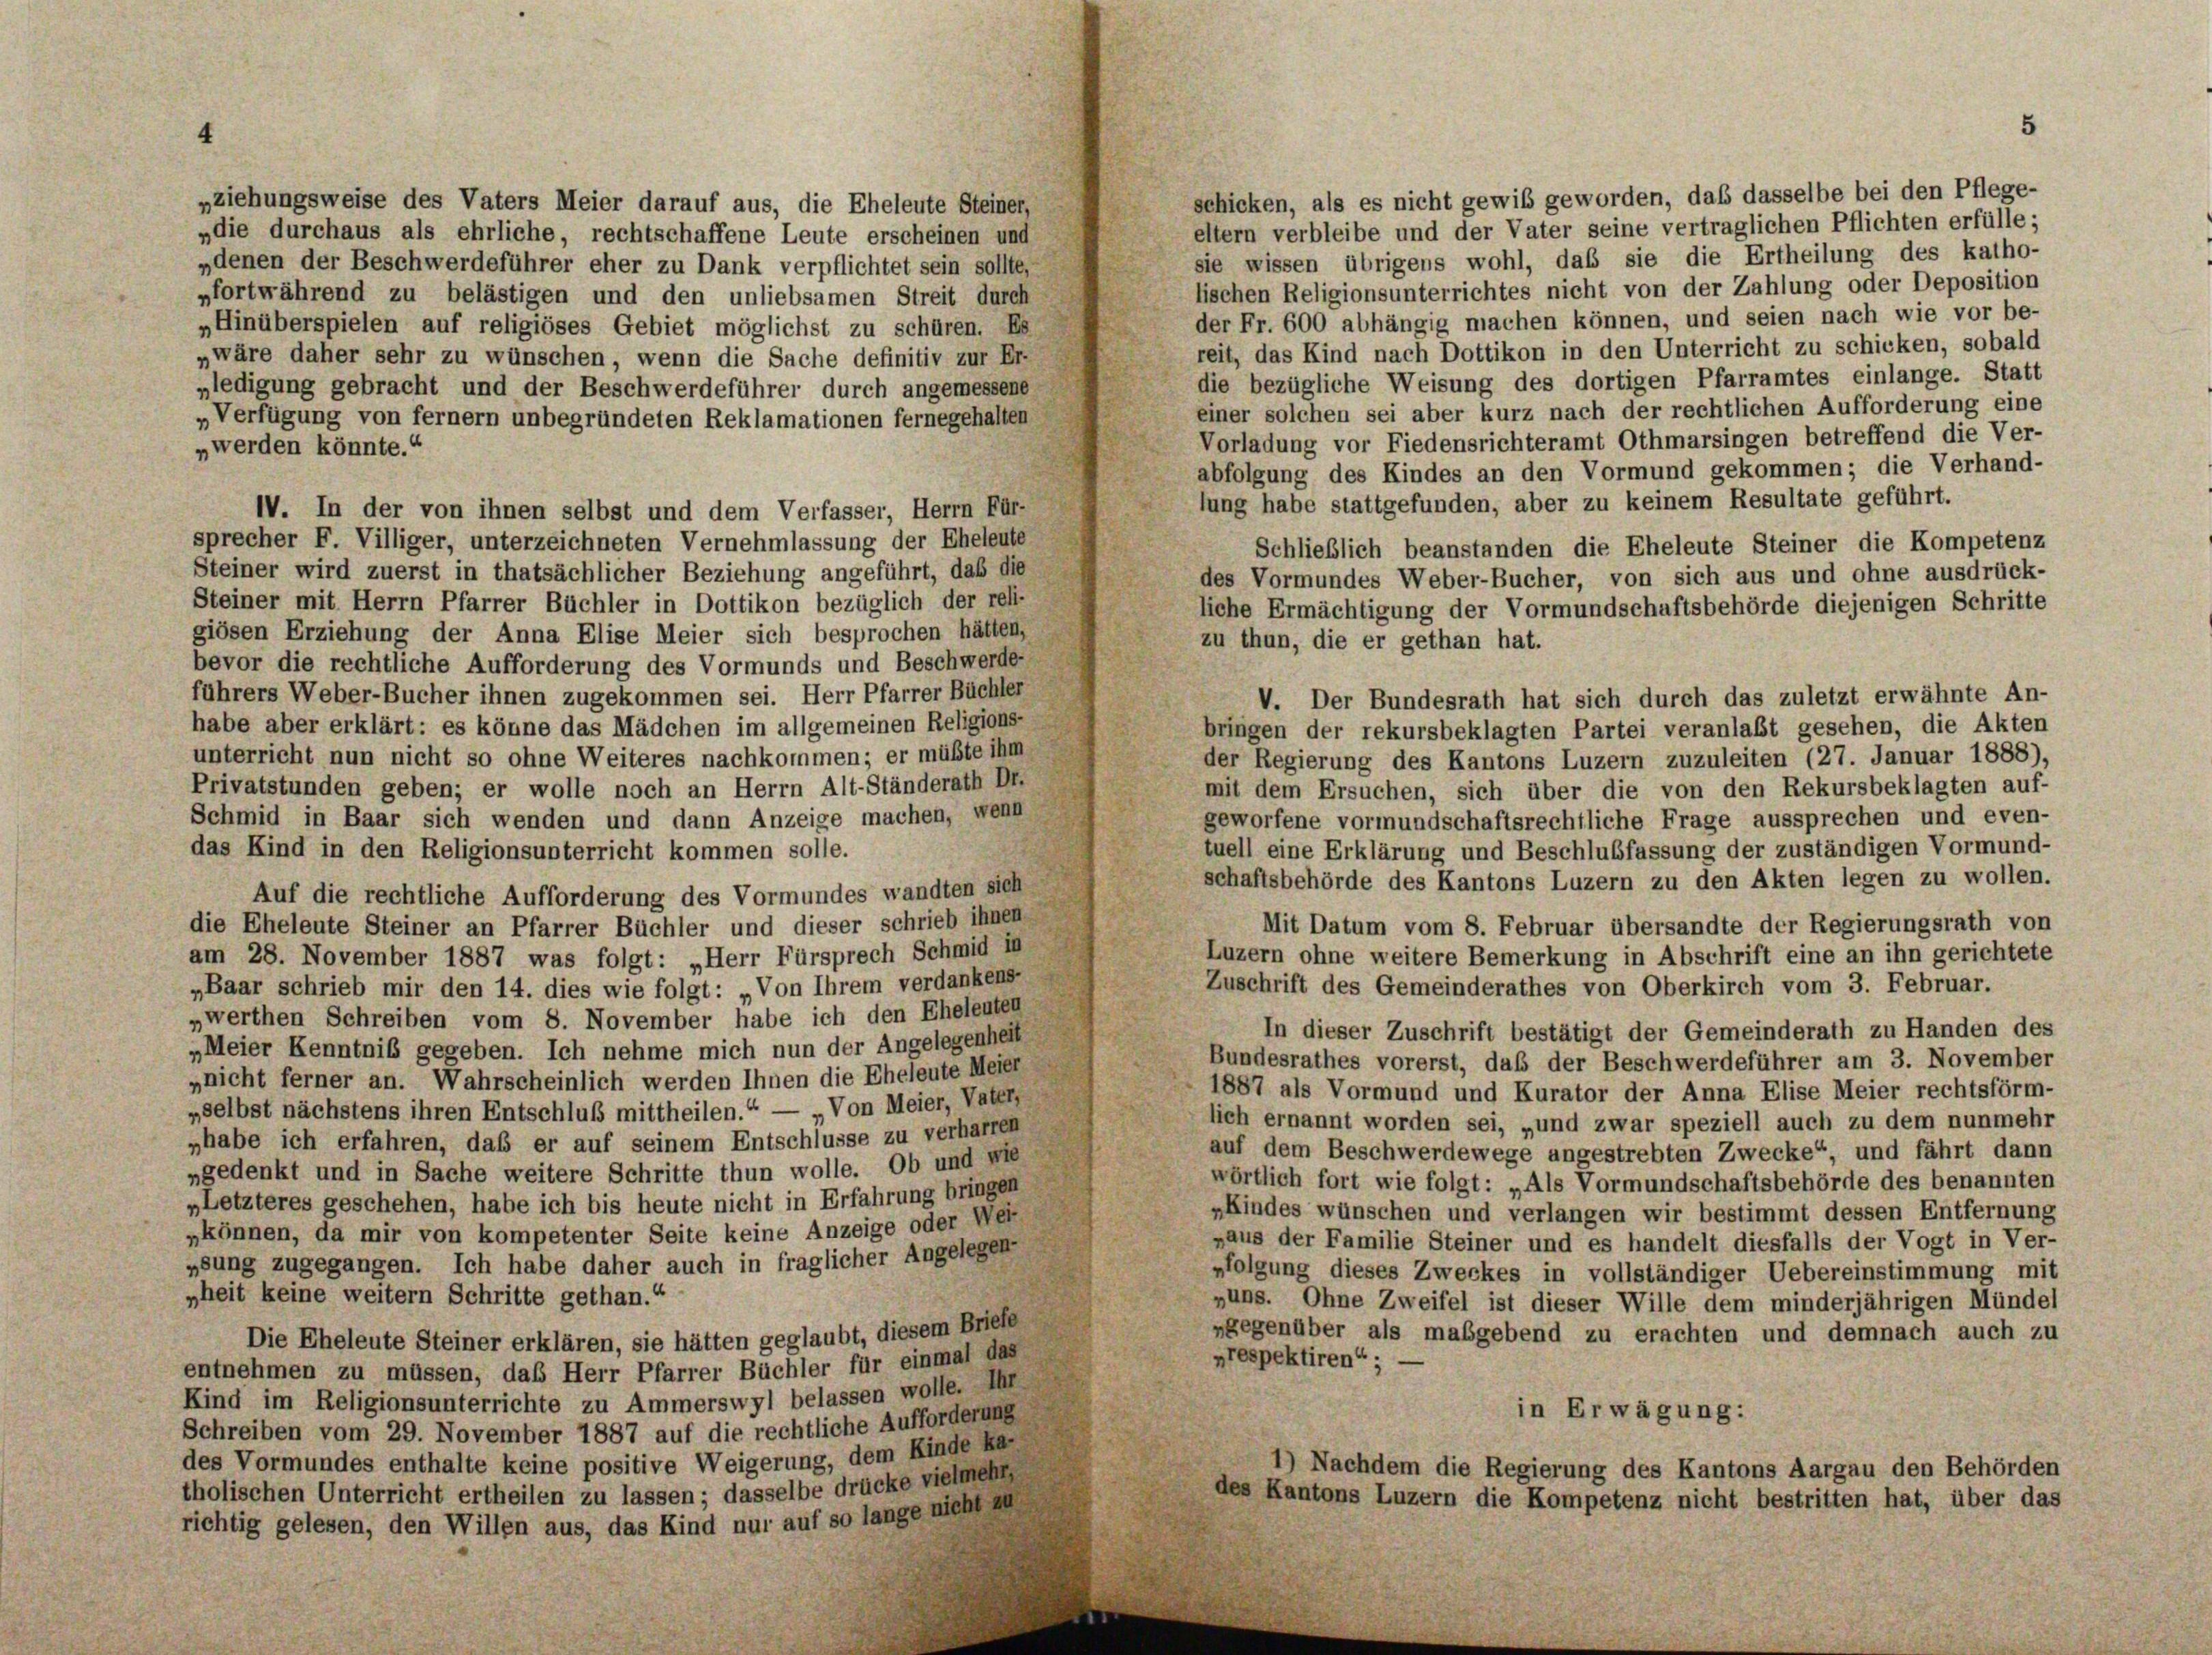
schicken, als es nicht gewiß geworden, daß dasselbe bei den Pflege-
„ziehungsweise des Vaters Meier darauf aus, die Eheleute Steiner,
eltern verbleibe und der Vater seine vertraglichen Pflichten erfülle;
„die durchaus als ehrliche, rechtschaffene Leute erscheinen und
sie wissen übrigens wohl, daß sie die Ertheilung des katho-
„denen der Beschwerdeführer eher zu Dank verpflichtet sein sollte,
lischen Religionsunterrichtes nicht von der Zahlung oder Deposition
pfortwährend zu belästigen und den unliebsamen Streit durch
der Fr. 600 abhängig machen können, und seien nach wie vor be-
„Hinüberspielen auf religiöses Gebiet möglichst zu schüren. Es
reit, das Kind nach Dottikon in den Unterricht zu schicken, sobald
„wäre daher sehr zu wünschen, wenn die Sache definitiv zur Er-
die bezügliche Weisung des dortigen Pfarramtes einlange. Statt
„ledigung gebracht und der Beschwerdeführer durch angemessene
einer solchen sei aber kurz nach der rechtlichen Aufforderung eine
„Verfügung von fernem unbegründeten Reklamationen fernegehalten,
Vorladung vor Fiedensrichteramt Othmarsingen betreffend die Ver-
„werden könnte.“
abfolgung des Kindes an den Vormund gekommen; die Verhand-
lung habe stattgefunden, aber zu keinem Resultate geführt.
IV. In der von ihnen selbst und dem Verfasser, Herrn Für-
sprecher F. Villiger, unterzeichneten Vernehmlassung der Eheleute
Schließlich beanstanden die Eheleute Steiner die Kompetenz
Steiner wird zuerst in thatsächlicher Beziehung angeführt, daß die
des Vormundes Weber-Bucher, von sich aus und ohne ausdrück-
Steiner mit Herrn Pfarrer Büchler in Dottikon bezüglich der reli-
liche Ermächtigung der Vormundschaftsbehörde diejenigen Schritte
giösen Erziehung der Anna Elise Meier sich besprochen hätten,
zu thun, die er gethan hat.
bevor die rechtliche Aufforderung des Vormunds und Beschwerde-
führers Weber-Bucher ihnen zugekommen sei. Herr Pfarrer Büchler
V. Der Bundesrath hat sich durch das zuletzt erwähnte An-
habe aber erklärt: es könne das Mädchen im allgemeinen Religions-
bringen der rekursbeklagten Partei veranlaßt gesehen, die Akten
unterricht nun nicht so ohne Weiteres nachkommen; er müßte ihm
der Regierung des Kantons Luzern zuzuleiten (27. Januar 1888),
Privatstunden geben; er wolle noch an Herrn Alt-Ständerath Dr.
mit dem Ersuchen, sich über die von den Rekursbeklagten auf-
Schmid in Baar sich wenden und dann Anzeige machen, wenn
geworfene vormundschaftsrechtliche Frage aussprechen und even-
tuell eine Erklärung und Beschlußfassung der zuständigen Vormund-
das Kind in den Religionsunterricht kommen solle.
schaftsbehörde des Kantons Luzern zu den Akten legen zu wollen.
Auf die rechtliche Aufforderung des Vormundes wandten sich
Mit Datum vom 8. Februar übersandte der Regierungsrath von
die Eheleute Steiner an Pfarrer Büchler und dieser schrieb ihnen
Luzern ohne weitere Bemerkung in Abschrift eine an ihn gerichtete
am 28. November 1887 was folgt: „Herr Fürsprech Schmid in
Zuschrift des Gemeinderathes von Oberkirch vom 3. Februar.
„Baar schrieb mir den 14. dies wie folgt: „Von Ihrem verdankens-
werthen Schreiben vom 8. November habe ich den Eheleuten
In dieser Zuschrift bestätigt der Gemeinderath zu Handen des
„Meier Kenntniß gegeben. Ich nehme mich nun der Angelegenheit
Bundesrathes vorerst, daß der Beschwerdeführer am 3. November
„nicht ferner an. Wahrscheinlich werden Ihnen die Eheleute Meier-
1887 als Vormund und Kurator der Anna Elise Meier rechtsförm-
„selbst nächstens ihren Entschluß mittheilen.“ — „Von Meier, Vater,
lich ernannt worden sei, „und zwar speziell auch zu dem nunmehr
„habe ich erfahren, daß er auf seinem Entschlüsse zu verharren
auf dem Beschwerdewege angestrebten Zwecke“, und fährt dann
„gedenkt und in Sache weitere Schritte thun wolle. Ob und wie
wörtlich fort wie folgt: „Als Vormundschaftsbehörde des benannten
„Letzteres geschehen, habe ich bis heute nicht in Erfahrung bringen
„Kindes wünschen und verlangen wir bestimmt dessen Entfernung
„können, da mir von kompetenter Seite keine Anzeige oder Wei-
„aus der Familie Steiner und es handelt diesfalls der Vogt in Ver-
psung zugegangen. Ich habe daher auch in fraglicher Angelegen-
»folgung dieses Zweckes in vollständiger Uebereinstimmung mit
nheit keine weitern Schritte gethan.“
„uns. Ohne Zweifel ist dieser Wille dem minderjährigen Mündel
»gegenüber als maßgebend zu erachten und demnach auch zu
Die Eheleute Steiner erklären, sie hätten geglaubt, diesem Briefe
„respektiren“; —
entnehmen zu müssen, das Herr Pfarrer Büchler für einmal das
Kind im Religionsunterrichte zu Ammerswyl belassen wolle. Ihr
in Erwägung:
Schreiben vom 29. November 1887 auf die rechtliche Aufforderung
des Vormundes enthalte keine positive Weigerung, dem Kinde ka-
1) Nachdem die Regierung des Kantons Aargau den Behörden
tholischen Unterricht ertheilen zu lassen; dasselbe drücke vielmehr
des Kantons Luzern die Kompetenz nicht bestritten hat, über das
richtig gelesen, den Willen aus, das Kind nur auf so lange nicht zu

5